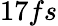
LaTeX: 17fs